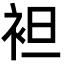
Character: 袒